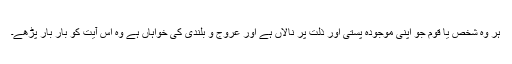
ہر وہ شخص یا قوم جو اپنی موجودہ پستی اور ذلت پر نالاں ہے اور عروج و بلندی کی خواہاں ہے وہ اس آیت کو بار بار پڑھے۔